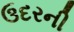
ઉદરની